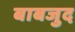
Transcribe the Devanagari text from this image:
बाबजुद